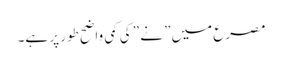
مصرع میں” نے ” کی کمی واضح طور پر ہے۔